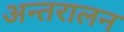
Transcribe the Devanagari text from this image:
अन्तरालन